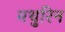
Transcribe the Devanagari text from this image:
मथुरिन